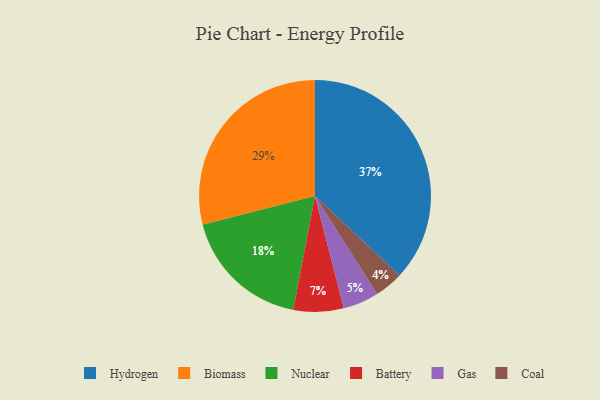
{"axis": {"x": "Category", "y": "Percentage"}, "legend": ["Battery", "Biomass", "Coal", "Gas", "Hydrogen", "Nuclear"], "data": [{"x": "Coal", "y": 4, "type": "Coal"}, {"x": "Nuclear", "y": 18, "type": "Nuclear"}, {"x": "Gas", "y": 5, "type": "Gas"}, {"x": "Biomass", "y": 29, "type": "Biomass"}, {"x": "Battery", "y": 7, "type": "Battery"}, {"x": "Hydrogen", "y": 37, "type": "Hydrogen"}]}